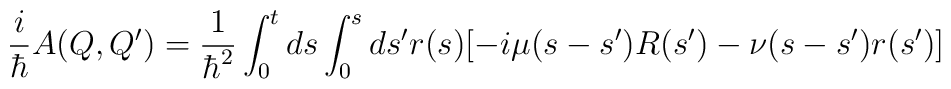
\frac{i}{\hbar}A(Q, Q')= \frac{1}{\hbar^{2}}\int_{0}^{t} ds \int_{0}^{s} ds' r(s)[-i \mu(s-s')R(s') - \nu(s-s') r(s')]